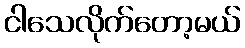
ငါသေလိုက်တော့မယ်